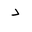
Letter: _dal